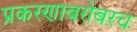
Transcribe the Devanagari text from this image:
प्रकरणाबरोबरच